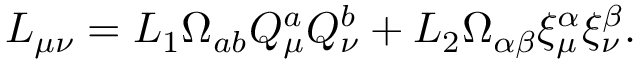
L _ { \mu \nu } = L _ { 1 } \Omega _ { a b } Q _ { \mu } ^ { a } Q _ { \nu } ^ { b } + L _ { 2 } \Omega _ { \alpha \beta } \xi _ { \mu } ^ { \alpha } \xi _ { \nu } ^ { \beta } .